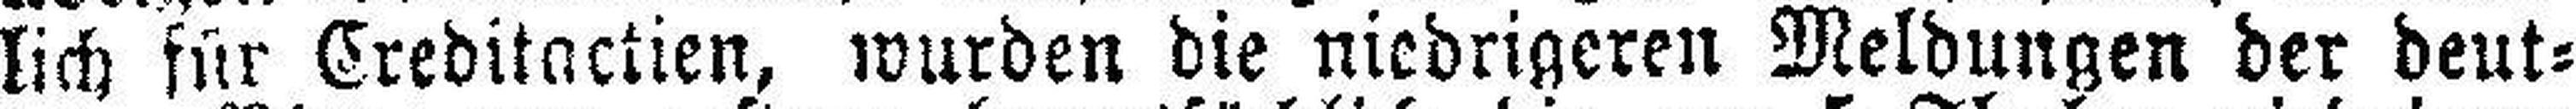
lich für Creditactien, wurden die niedrigeren Meldungen der deut¬